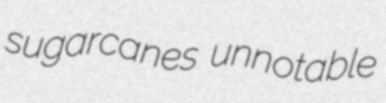
sugarcanes unnotable